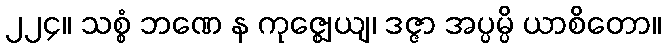
၂၂၄။ သစ္စံ ဘဏေ န ကုဇ္ဈေယျ၊ ဒဇ္ဇာ အပ္ပမ္ပိ ယာစိတော။